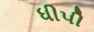
ધીપી